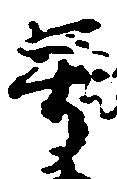
号